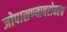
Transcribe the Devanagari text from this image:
जोपासण्याबरोबरच